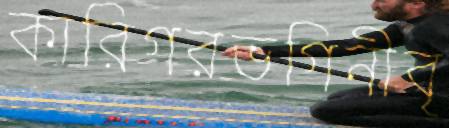
কারিগরভগিনীবৃ